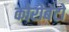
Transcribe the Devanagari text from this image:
कोरोबेटो